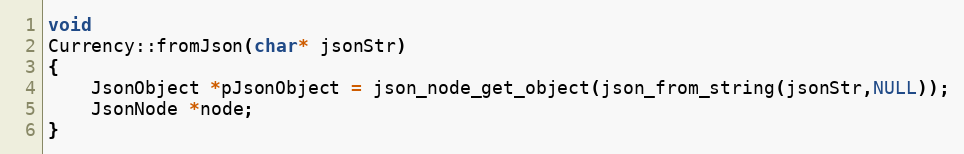
Language: C++
void
Currency::fromJson(char* jsonStr)
{
	JsonObject *pJsonObject = json_node_get_object(json_from_string(jsonStr,NULL));
	JsonNode *node;
}